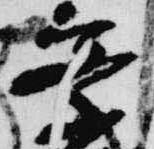
察